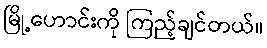
မြို့ဟောင်းကို ကြည့်ချင်တယ်။